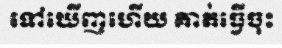
ទៅឃើញហើយ គាត់ធ្វើចុះ